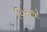
વિરાજો